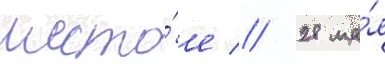
шесто́е // 28 ма́я